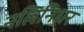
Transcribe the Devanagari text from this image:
नलिनिधर